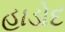
હાડોદ